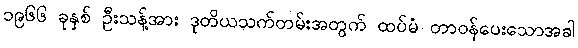
၁၉၆၆ ခုနှစ် ဦးသန့်အား ဒုတိယသက်တမ်းအတွက် ထပ်မံ တာဝန်ပေးသောအခါ